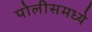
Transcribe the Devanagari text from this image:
पोलीसमध्ये